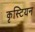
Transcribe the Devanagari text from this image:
कृस्टियन